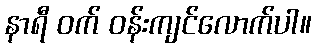
နာရီ ဝက် ဝန်းကျင်လောက်ပါ။